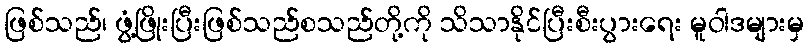
ဖြစ်သည်၊ ဖွံ့ဖြိုးပြီးဖြစ်သည်စသည်တို့ကို သိသာနိုင်ပြီးစီးပွားရေး မူဝါဒများမှ